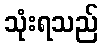
သုံးရသည်